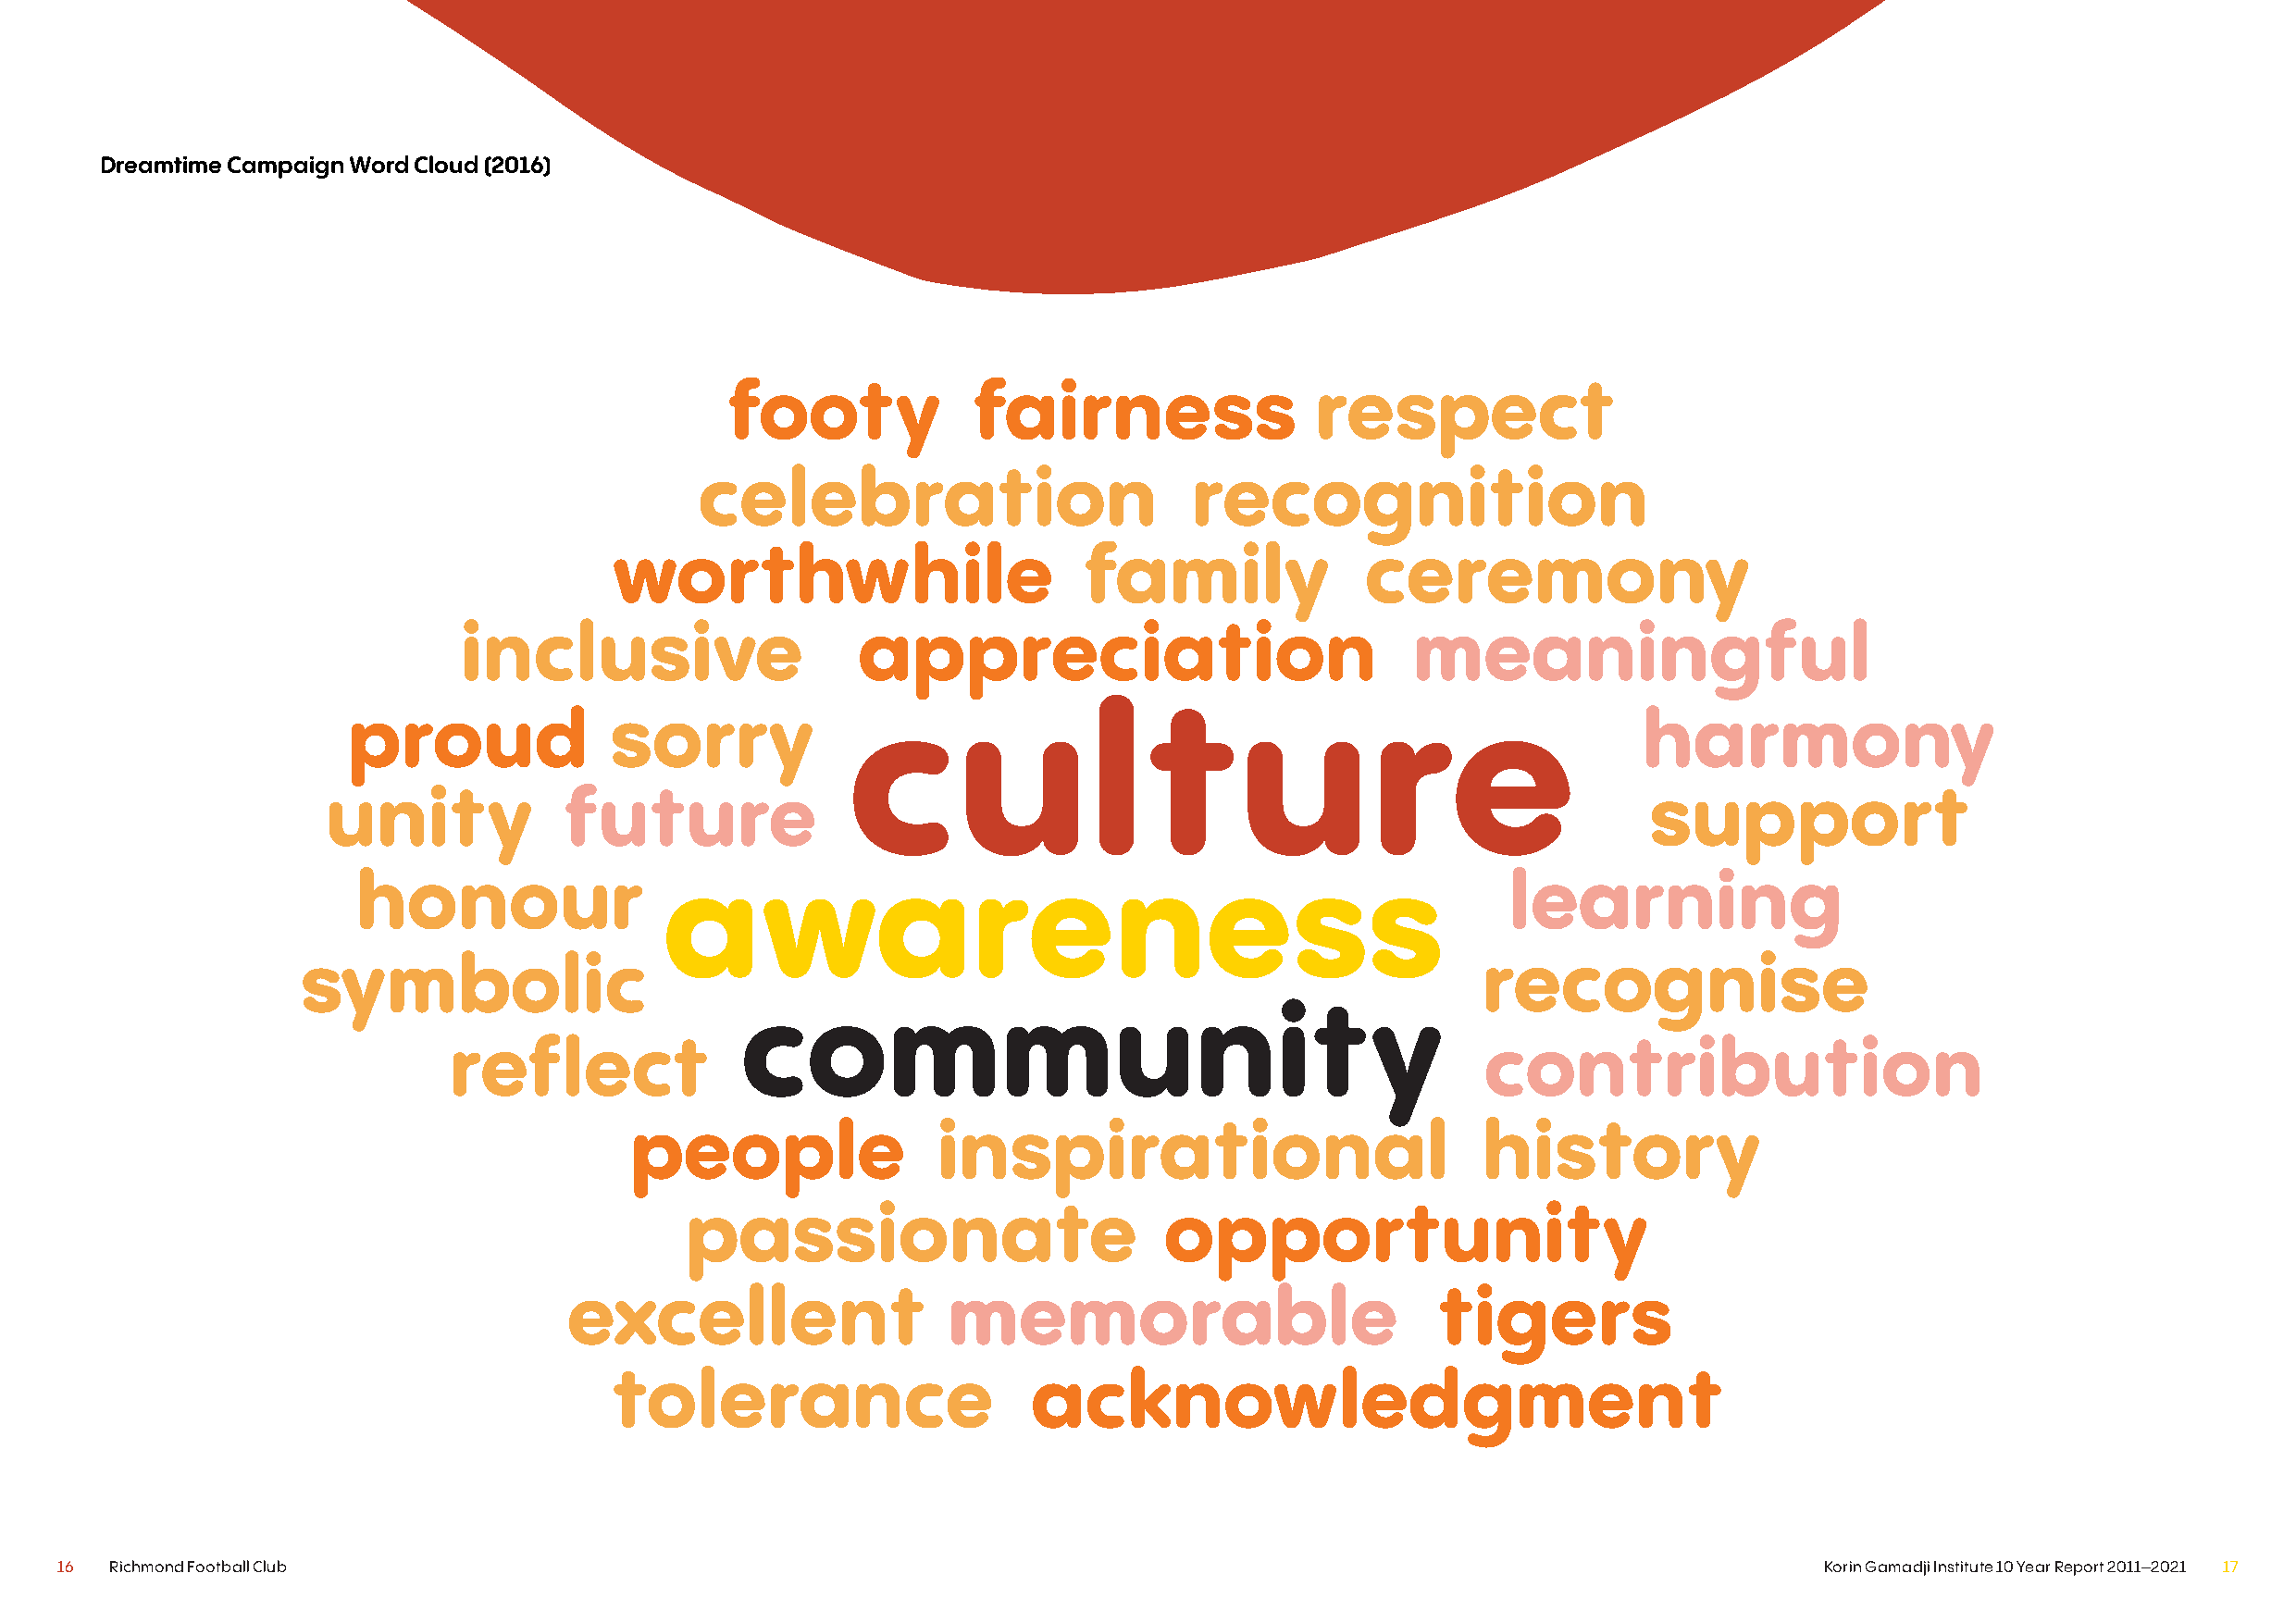
Dreamtime Campaign Word Cloud (2016)
 footy             fairness                respect
 celebration                        recognition
 worthwhile                       family               ceremony
 inclusive                   appreciation                            meaningful
 proud              sorry            culture                                                 harmony
 unity            future                                                                        support
 honour                awareness                                                    learning
 symbolic                                                                             recognise
 community
 reflect                                                                   contribution
 people                inspirational                          history
 passionate                        opportunity
 excellent                  memorable                          tigers
 tolerance                     acknowledgment
 16  Richmond Football Club                                                                                                    Korin Gamadji Institute 10 Year Report 2011–2021 17